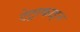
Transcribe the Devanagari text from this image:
टेट्राकाइन